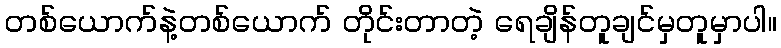
တစ်ယောက်နဲ့တစ်ယောက် တိုင်းတာတဲ့ ရေချိန်တူချင်မှတူမှာပါ။